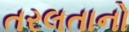
તરલતાનો